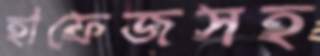
হাফেজসহ